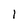
Character: 1